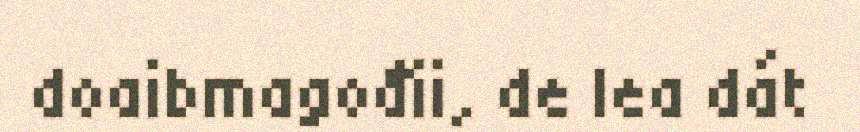
doaibmagođii, de lea dát